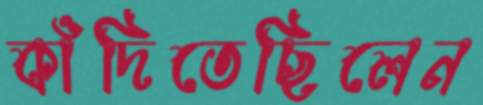
কাঁদিতেছিলেন